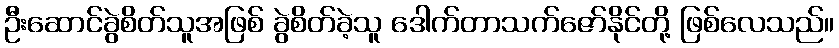
ဦးဆောင်ခွဲစိတ်သူအဖြစ် ခွဲစိတ်ခဲ့သူ ဒေါက်တာသက်ဇော်နိုင်တို့ ဖြစ်လေသည်။